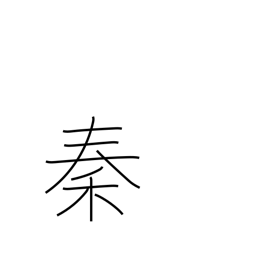
Meaning: name given to naturalized foreigners